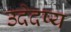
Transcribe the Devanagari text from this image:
उदेदष्य